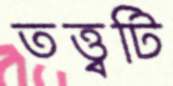
তত্ত্বটি